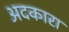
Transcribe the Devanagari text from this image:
अदकारा